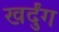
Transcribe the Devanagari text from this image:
खर्दुंग